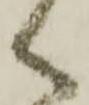
く